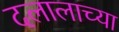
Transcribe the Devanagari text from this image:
दलालाच्या